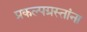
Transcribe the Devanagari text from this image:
प्रकल्पग्रस्तांना